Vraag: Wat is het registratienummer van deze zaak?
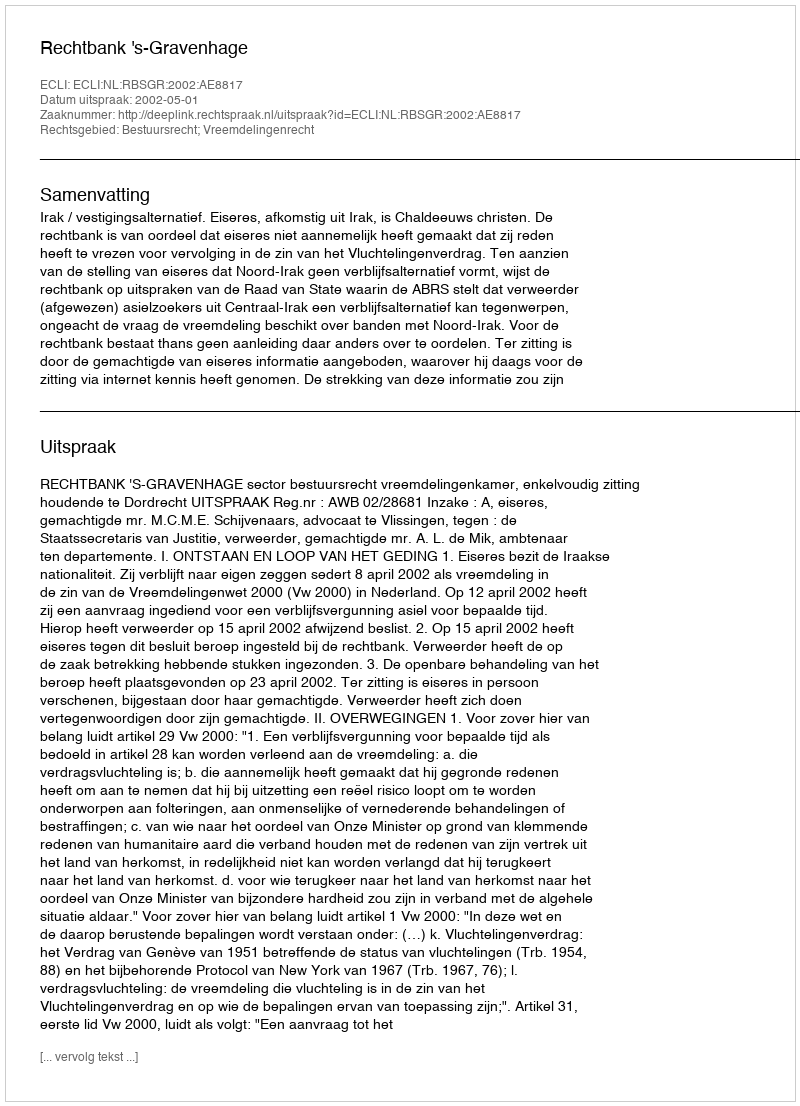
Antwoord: http://deeplink.rechtspraak.nl/uitspraak?id=ECLI:NL:RBSGR:2002:AE8817